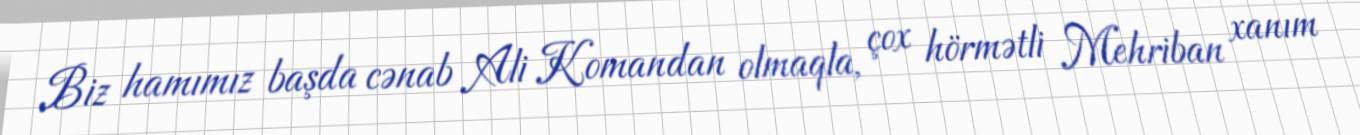
Biz hamımız başda cənab Ali Komandan olmaqla, çox hörmətli Mehriban xanım